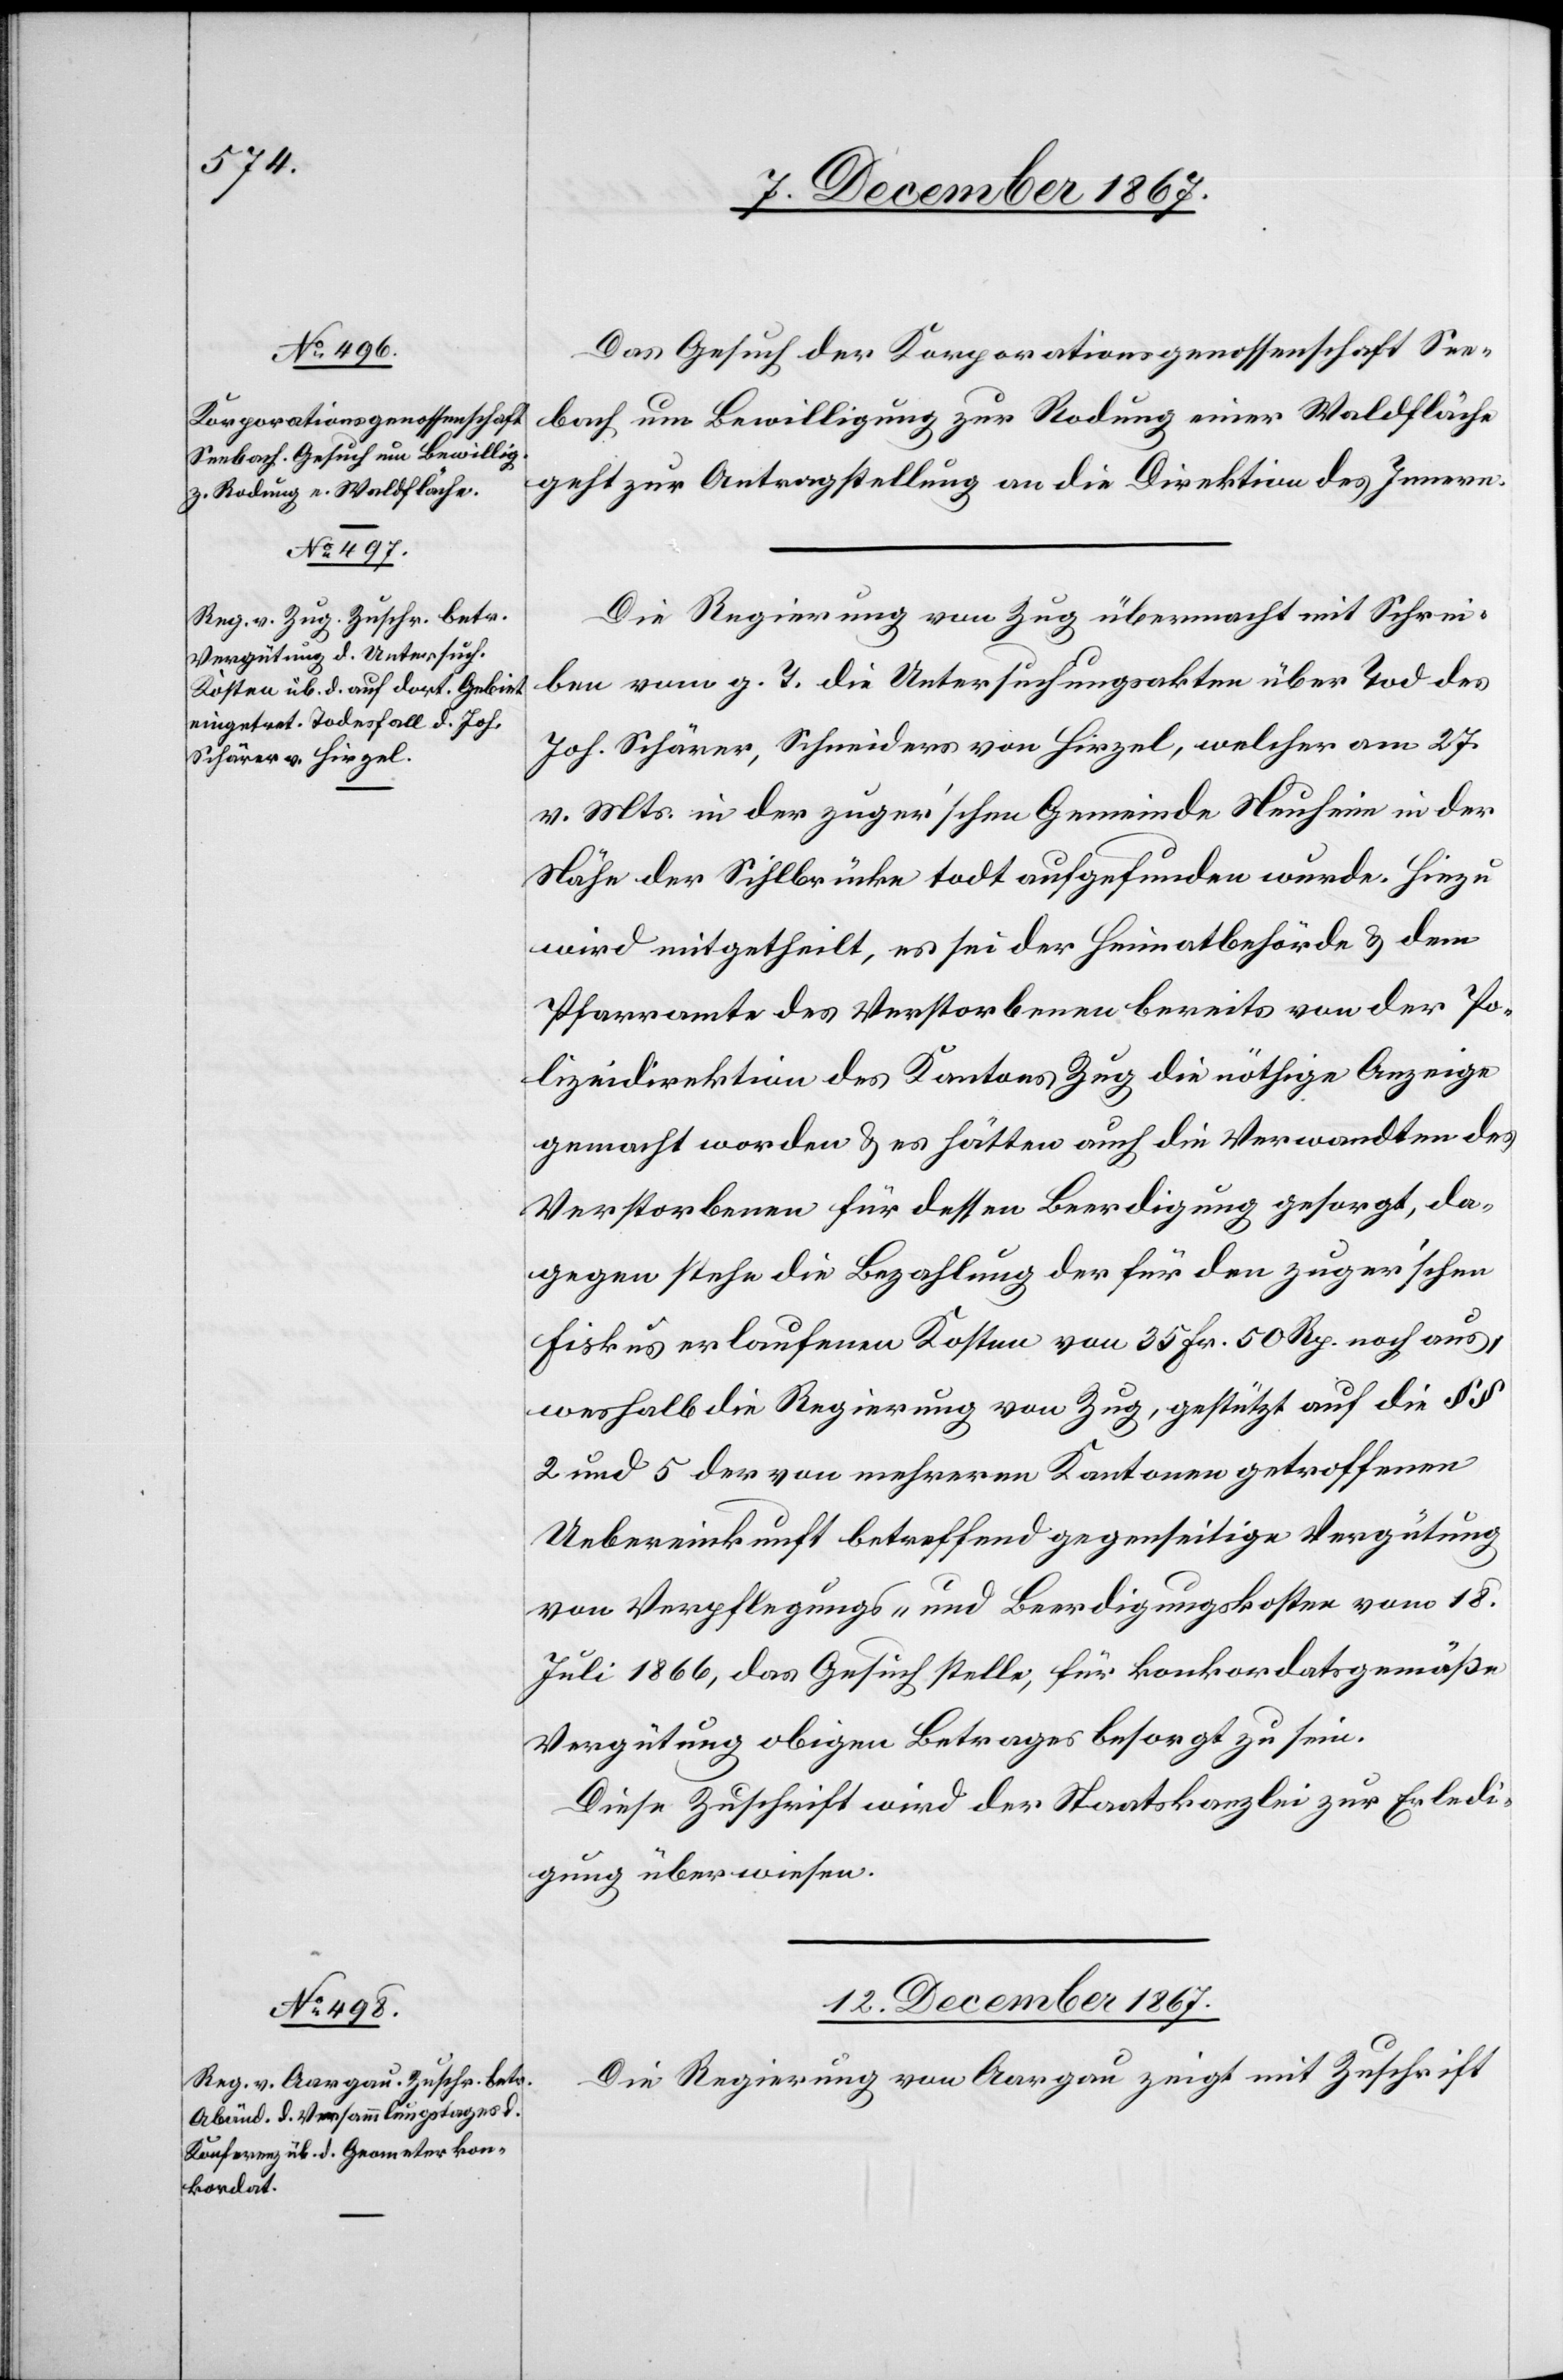
11. December 1867.]
Das Gesuch der Korporationsgenossenschaft See¬
bach um Bewilligung zur Rodung einer Waldfläche
geht zur Antragstellung an die Direktion des Innern.
Die Regierung von Zug übermacht mit Schrei¬
ben vom g. T. die Untersuchungsakten über Tod des
Joh. Schärer, Schneiders von Hirzel, welcher am 27.
v. Mts inder zuger’schen Gemeinde Neuheim in der
Nähe der Sihlbrücke todt aufgefunden wurde. Hiezu
wird mitgetheilt, es sei der Heimatbehörde u. dem
Pfarramte des Verstorbenen bereits von der Po¬
lizeidirektion des Kantons Zug die nöthige Anzeige
gemacht worden u. es hätten auch die Verwandten des
Verstorbenen für dessen Beerdigung gesorgt, da¬
gegen stehe die Bezahlung der für den zuger’schen
Fiskus erlaufenen Kosten von 35 Fr. 50 Rp. noch aus,
weshalb die Regierung von Zug, gestützt auf die § §
2 und 5 der von mehreren Kantonen getroffenen
Uebereinkunft betreffend gegenseitige Vergütung
von Verpflegungs- und Beerdigungskosten vom 18.
Juli 1866, das Gesuch stelle, für konkordatsgemäße
Vergütung obigen Betrages besorgt zu sein.
Diese Zuschrift wird der Staatskanzlei zur Erledi¬
gung überwiesen.
12. December 1867.
Die Regierung von Aargau zeigt mit Zuschrift